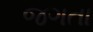
જગતા